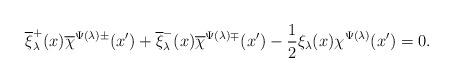
LaTeX: \begin{align*}\overline{\xi}^+_\lambda(x)\overline{\chi}^{\Psi(\lambda)\pm}(x')+\overline{\xi}^-_\lambda(x)\overline{\chi}^{\Psi(\lambda)\mp}(x')-\frac{1}{2}\xi_\lambda(x)\chi^{\Psi(\lambda)}(x')=0.\end{align*}